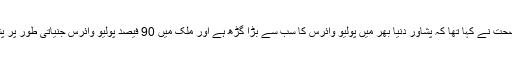
خیال رہے کہ گذشتہ ہفتے عالمی ادارۂ صحت نے کہا تھا کہ پشاور دنیا بھر میں پولیو وائرس کا سب سے بڑا گڑھ ہے اور ملک میں 90 فیصد پولیو وائرس جنیاتی طور پر پشاور میں موجود وائرس سے جڑا ہوا ہے۔